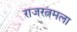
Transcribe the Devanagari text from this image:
राजरत्नमला